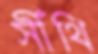
সীঁথি